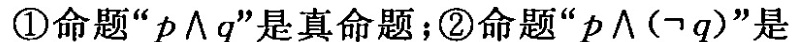
①命题”ρ\wedge q”是真命题；②命题”ρ\wedge (\neg q)”是